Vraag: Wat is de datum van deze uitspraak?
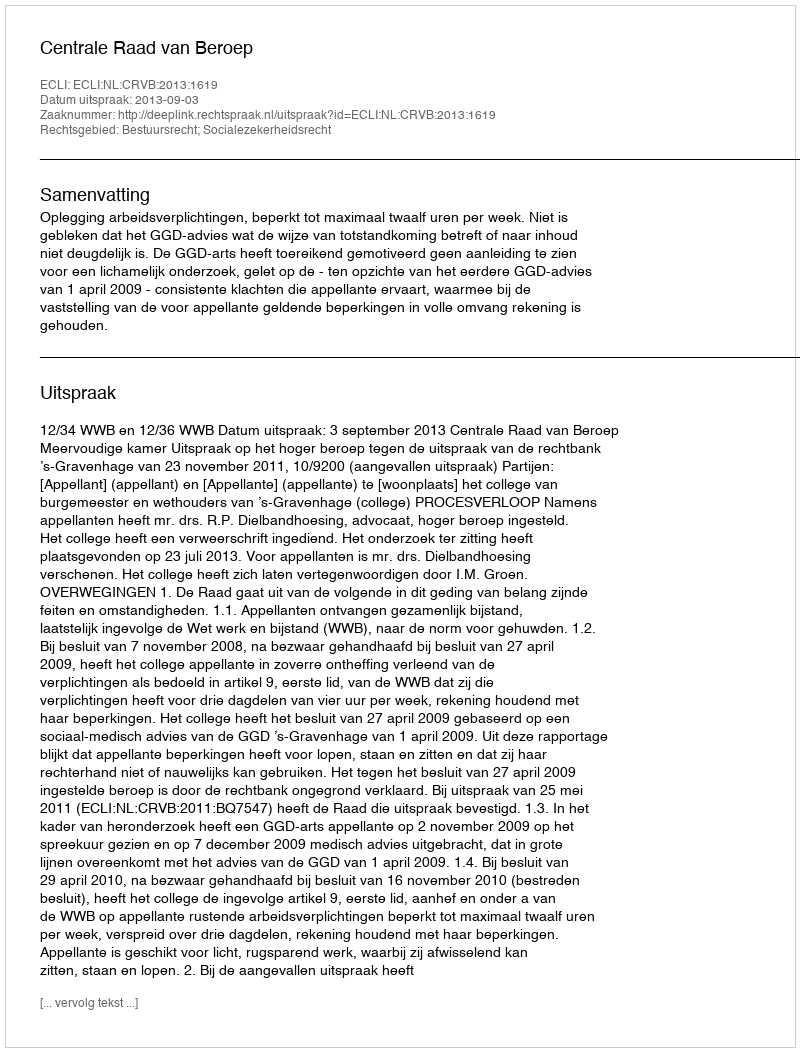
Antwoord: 2013-09-03